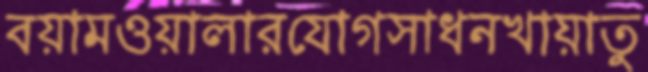
বয়ামওয়ালারযোগসাধনখায়াতু